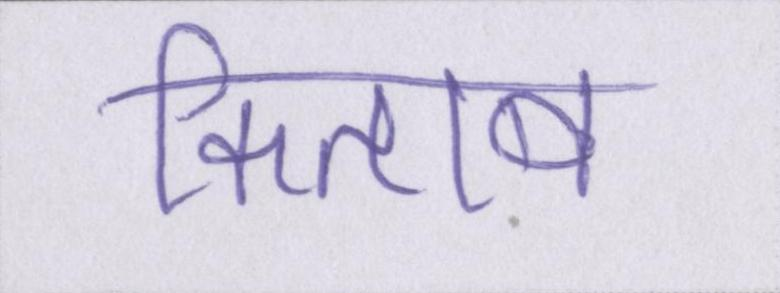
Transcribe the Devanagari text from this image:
किताब